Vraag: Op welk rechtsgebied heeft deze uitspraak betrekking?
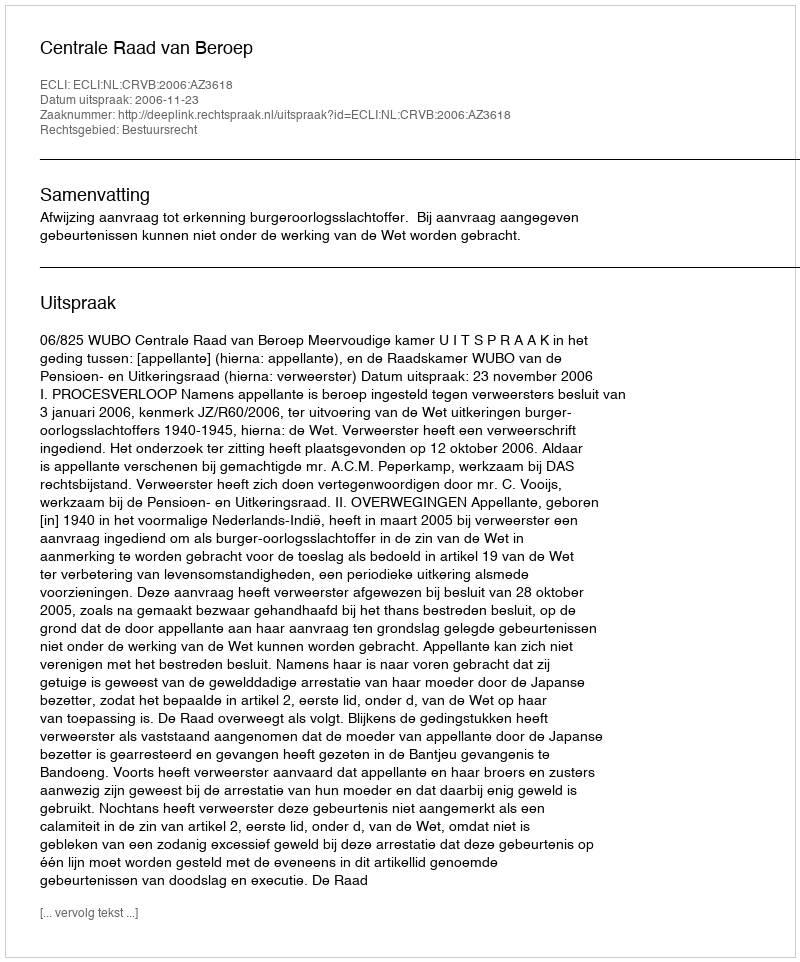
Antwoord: Bestuursrecht